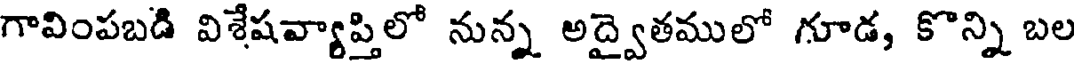
గావింపబడి విశేషవ్యాప్తిలో నున్న అద్వైతములో గూడ, కొన్ని బల